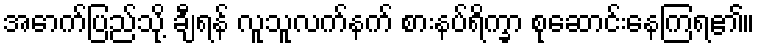
အောက်ပြည်သို့ ချီရန် လူသူလက်နက် စားနပ်ရိက္ခာ စုဆောင်းနေကြရ၏။